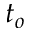
t _ { o }